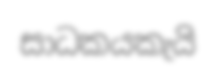
සාධකයකැයි